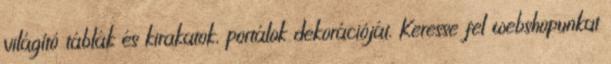
világító táblák és kirakatok, portálok dekorációját. Keresse fel webshopunkat